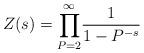
LaTeX: \begin{align*}Z(s)=\underset{P=2}{\overset{\infty }{\prod }}\frac{1}{1-P^{-s}} \end{align*}